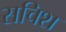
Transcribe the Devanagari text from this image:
सचिश